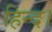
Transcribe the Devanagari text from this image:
हिन्द।